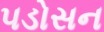
પડોસન